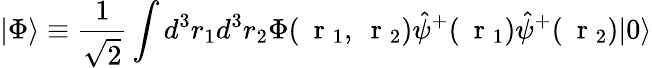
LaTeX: |\Phi\rangle\equiv\frac{1}{\sqrt{2}}\int d^{3}r_{1}d^{3}r_{2}\Phi(\mathrm{~\mathbf~r~}_{1},\mathrm{~\mathbf~r~}_{2})\hat{\psi}^{+}(\mathrm{~\mathbf~r~}_{1})\hat{\psi}^{+}(\mathrm{~\mathbf~r~}_{2})|0\rangle